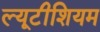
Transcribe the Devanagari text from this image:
ल्यूटीशियम